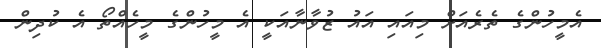
އެމީހުންގެ ތެރެއަށް މިއައި އައު ޒުވާނާއަކީ އެ މީހުންގެ މީހެއްތޯ އެ ކުދިން